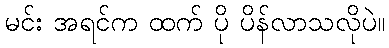
မင်း အရင်က ထက် ပို ပိန်လာသလိုပဲ။